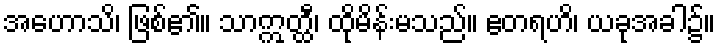
အဟောသိ၊ ဖြစ်၏။ သာဣတ္ထီ၊ ထိုမိန်းမသည်။ ဧတရဟိ၊ ယခုအခါ၌။